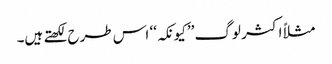
مثلاً اکثر لوگ ’’کیونکہ‘‘ اس طرح لکھتے ہیں۔